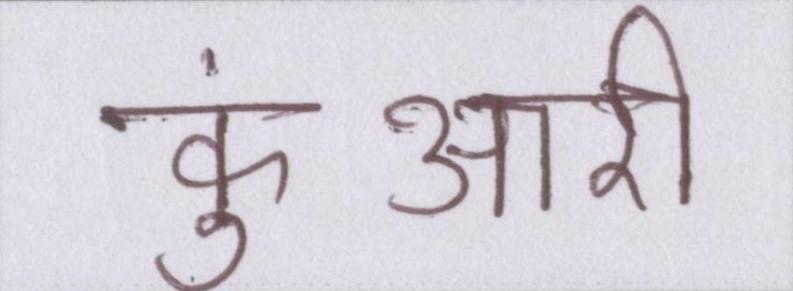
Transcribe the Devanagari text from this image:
कुंआरी